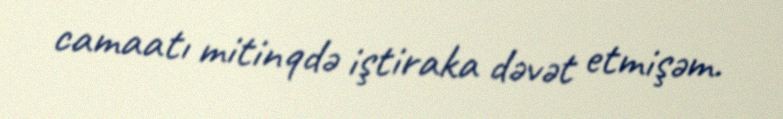
camaatı mitinqdə iştiraka dəvət etmişəm.